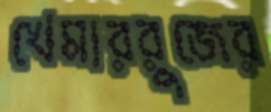
খেমাররুজের